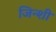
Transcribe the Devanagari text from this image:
जिन्शी